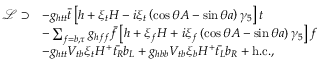
\begin{array} { r l } { \mathcal { L } \supset } & { - g _ { h t t } \bar { t } \left[ h + \xi _ { t } H - i \xi _ { t } \left( \cos \theta A - \sin \theta a \right) \gamma _ { 5 } \right] t } \\ & { - \sum _ { f = b , \tau } g _ { h f f } \bar { f } \left[ h + \xi _ { f } H + i \xi _ { f } \left( \cos \theta A - \sin \theta a \right) \gamma _ { 5 } \right] f } \\ & { - g _ { h t t } V _ { t b } \xi _ { t } H ^ { + } \bar { t _ { R } } b _ { L } + g _ { h b b } V _ { t b } \xi _ { b } H ^ { + } \bar { t _ { L } } b _ { R } + \mathrm { h . c . } , } \end{array}